Civil Veterinary Dept. Bombay admin report 1914-1922 - 1914-1922
Year: 1914
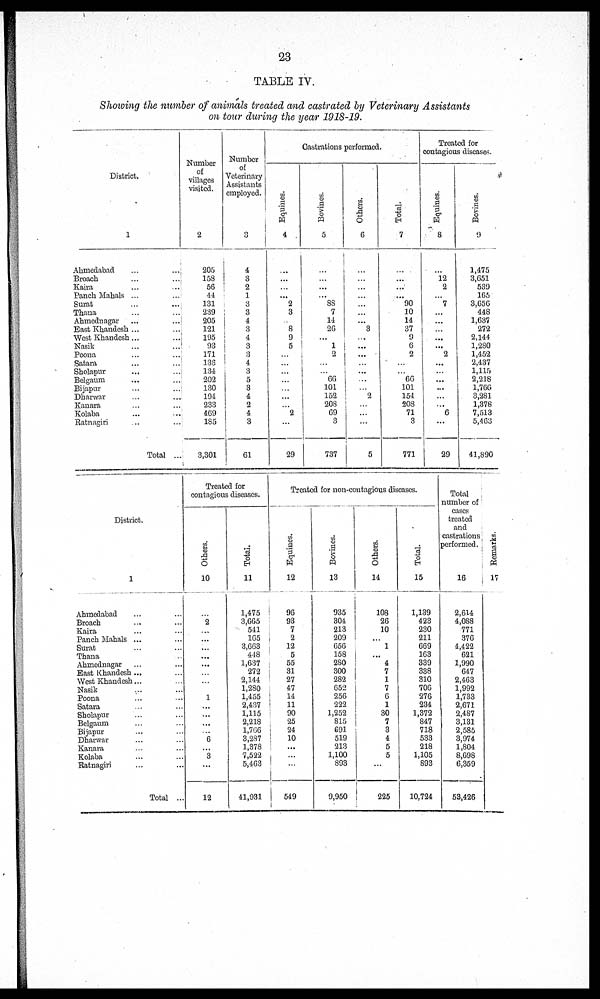
23
TABLE IV.
Showing the number of animals treated and castrated by Veterinary Assistants
on tour during the year 1918-19.
District.
1
Ahmedabad ... ...
Broach ... ...
Kaira ... ...
Panch Mahals ... ...
Surat ... ...
Thana ... ...
Ahmednagar ... ...
East Khandesh ...
West Khandesh ... ...
Nasik ... ...
Poona ... ...
Satara ... ...
Sholapur ... ...
Belgaum ... ...
Bijapur ... ...
Dharwar ... ...
Kanara ... ...
Kolaba ... ...
Ratnagiri ... ...
Total ...
Number
of
villages
visited.
2
205
158
56
44
131
239
205
121
195
93
171
138
134
202
130
194
233
469
185
3,301
Number
of
Veterinary
Assistants
employed.
3
4
3
2
1
3
3
4
3
4
3
3
4
3
5
3
4
2
4
3
61
Castrations performed.
Equines.
4
...
...
...
...
2
3
...
8
9
5
...
...
...
...
...
...
...
2
...
29
Bovines.
5
...
...
...
...
88
7
14 26
...
1
2
...
...
66
101
152
208
69
3
737
Others.
6
...
...
...
...
...
...
...
3
...
...
...
...
...
...
...
2
...
...
...
5
Total.
7
...
...
...
...
90
10
14
37
9
6
2
...
...
66
101
154
208
71
3
771
Treated for
contagious discases.
Equines.
8
...
12
2
...
7
...
...
...
...
...
2
...
...
...
...
...
...
6
...
29
Bovines.
9
1,475
3,651
539
165
3,656
448
1,637
272
2,144
1,280
1,452
2,437
1,115
2,218
1,766
3,281
1,378
7,513
5,463
41,890
District.
1
Ahmedabad ... ...
Broach ... ...
Kaira ... ...
Panch Mahals ... ...
Surat ... ...
Thana ... ...
Ahmednagar ...
East Khandesh ... ...
West Khandesh... ...
Nasik ... ...
Poona ... ...
Satara ... ...
Sholapur ... ...
Belgaum ... ...
Bijapur ... ...
Dharwar ... ...
Kanara ... ...
Kolaba ... ...
Ratnagiri ... ...
Total ...
Treated for
contagious diseases.
Others.
10
...
2
...
...
...
...
...
...
...
...
1
...
...
...
...
6
...
3
...
12
Total.
11
1,475
3,665
541
165
3,663
448
1,637
272
2,144
1,280
1,455
2,437
1,115
2,218
1,766
3,287
1,378
7,522
5,463
41,931
Treated for non-contagious diseases.
Equines.
12
96
93
7
2
12
5
55
31
27
47
14
11
90
25
24
10
...
...
...
549
Bovines.
13
935
304
213
209
656
158
280
300
282
652
256
222
1,252
815
691
519
213
1,100
893
9,950
Others.
14
108
26
10
...
1
...
4
7
1
7
6
1
30
7
3
4
5
5
...
225
Total.
15
1,139
423
230
211
669
163
339
338
310
706
276
234
1,372
847
718
533
218
1,105
893
10,724
Total
number of
cases
treated
and
castrations
performed.
16
2,614
4,088
771
376
4,422
621
1,990
647
2,463
1,992
1,733
2,671
2,487
3,131
2,585
3,974
1,804
8,698
6,359
53,426
Remarks.
17